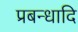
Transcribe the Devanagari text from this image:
प्रबन्धादि